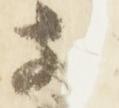
前